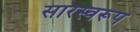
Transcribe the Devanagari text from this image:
सारस्वरूप